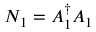
N _ { 1 } = A _ { 1 } ^ { \dagger } A _ { 1 }